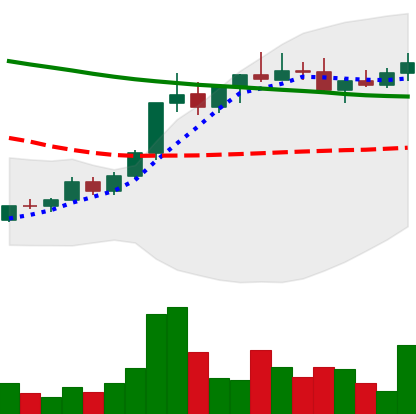
Ticker: ADA-USD
Chart end date: 2022-04-04
Forward return: -13.845%
Label: down_7plus